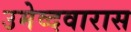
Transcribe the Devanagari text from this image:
उमेव्दवारास